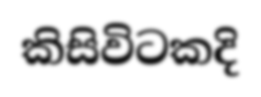
කිසිවිටකදි